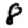
Digit: 8